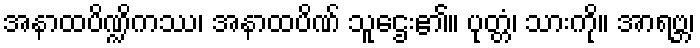
အနာထပိဏ္ဍိကဿ၊ အနာထပိဏ် သူဌေး၏။ ပုတ္တံ၊ သားကို။ အာရဗ္ဘ၊